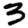
Digit: 3